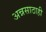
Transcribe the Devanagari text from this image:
अन्नसाठाही